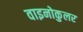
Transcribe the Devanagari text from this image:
वाइनोकुलर